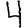
Digit: 4